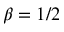
\beta = 1 / 2